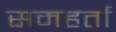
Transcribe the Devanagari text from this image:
समहर्ता